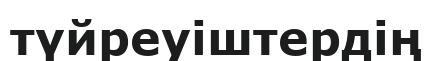
түйреуіштердің